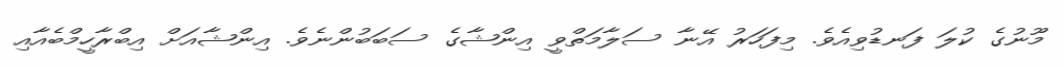
މޫނުގެ ކުލަ ފަނޑުވިއެވެ. މިފަހަރު އޭނާ ސަލާމަތްވީ އިންޝާގެ ސަބަބުންނެވެ. އިންޝާއަށް އިބްރާހީމްބެއާއި